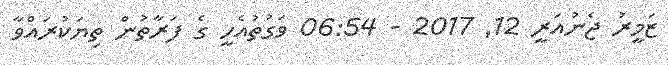
ޒަމީރު ޖެނުއަރީ 12